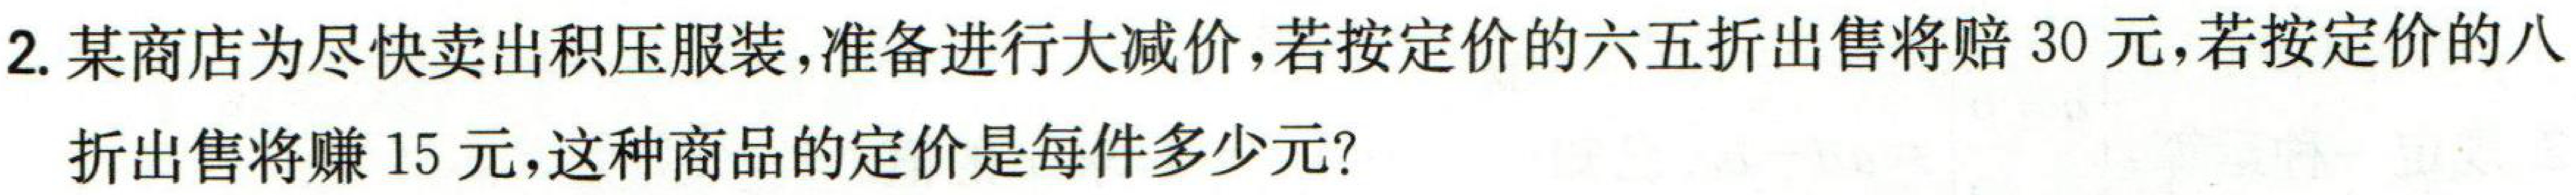
2. 某商店为尽快卖出积压服装，准备进行大减价，若按定价的六五折出售将赔30元，若按定价的八折出售将赚15元，这种商品的定价是每件多少元？